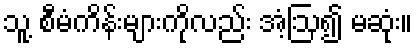
သူ့ စီမံကိန်းများကိုလည်း အံ့ဩ၍ မဆုံး။